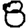
Digit: 8